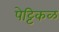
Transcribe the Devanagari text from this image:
पेट्टिकळ